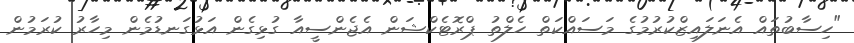
"ހިސާބުތައް އެނަލައިޒްކުރުމުގެ މަސައްކަތް ހެލްތު ޕްރޮޓެކްޝަން އެޖެންސީއާ ގުޅިގެން އަޅުގަނޑުމެން މިހާރު ކުރަމުން